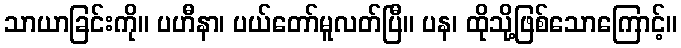
သာယာခြင်းကို။ ပဟီနာ၊ ပယ်တော်မူလတ်ပြီ။ ပန၊ ထိုသို့ဖြစ်သောကြောင့်။